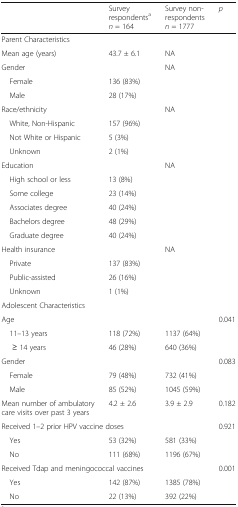
|  | Survey respondentsan = 164 | Survey non-respondents n = 1777 | p |
 | --- | --- | --- | --- |
 | <COLSPAN=4> Parent Characteristics |
 | Mean age (years) | 43.7 ± 6.1 | NA |  |
 | <COLSPAN=2> Gender | <ROWSPAN=3> NA | <ROWSPAN=3>  |
 | Female | 136 (83%) |
 | Male | 28 (17%) |
 | <COLSPAN=2> Race/ethnicity | <ROWSPAN=4> NA | <ROWSPAN=4>  |
 | White, Non-Hispanic | 157 (96%) |
 | Not White or Hispanic | 5 (3%) |
 | Unknown | 2 (1%) |
 | <COLSPAN=2> Education | <ROWSPAN=6> NA | <ROWSPAN=6>  |
 | High school or less | 13 (8%) |
 | Some college | 23 (14%) |
 | Associates degree | 40 (24%) |
 | Bachelors degree | 48 (29%) |
 | Graduate degree | 40 (24%) |
 | <COLSPAN=2> Health insurance | <ROWSPAN=4> NA | <ROWSPAN=4>  |
 | Private | 137 (83%) |
 | Public-assisted | 26 (16%) |
 | Unknown | 1 (1%) |
 | <COLSPAN=4> Adolescent Characteristics |
 | <COLSPAN=3> Age | <ROWSPAN=3> 0.041 |
 | 11–13 years | 118 (72%) | 1137 (64%) |
 | ≥ 14 years | 46 (28%) | 640 (36%) |
 | <COLSPAN=3> Gender | <ROWSPAN=3> 0.083 |
 | Female | 79 (48%) | 732 (41%) |
 | Male | 85 (52%) | 1045 (59%) |
 | Mean number of ambulatory care visits over past 3 years | 4.2 ± 2.6 | 3.9 ± 2.9 | 0.182 |
 | <COLSPAN=3> Received 1–2 prior HPV vaccine doses | <ROWSPAN=3> 0.921 |
 | Yes | 53 (32%) | 581 (33%) |
 | No | 111 (68%) | 1196 (67%) |
 | <COLSPAN=3> Received Tdap and meningococcal vaccines | <ROWSPAN=3> 0.001 |
 | Yes | 142 (87%) | 1385 (78%) |
 | No | 22 (13%) | 392 (22%) |